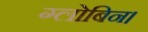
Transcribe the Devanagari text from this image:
ग्लोबिन।